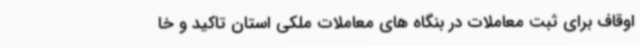
اوقاف برای ثبت معاملات در بنگاه های معاملات ملکی استان تاکید و خا